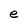
Character: e